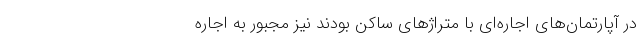
در آپارتمان‌های اجاره‌ای با متراژهای ساکن بودند نیز مجبور به اجاره